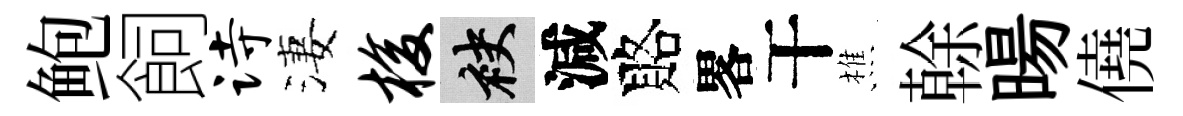
鲍飼诗淒梭袂減賂畧干樵𠏉暘僥